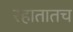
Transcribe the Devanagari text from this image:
रहातातच